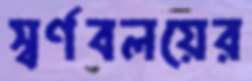
স্বর্ণবলয়ের